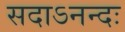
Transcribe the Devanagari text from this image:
सदाऽनन्दः